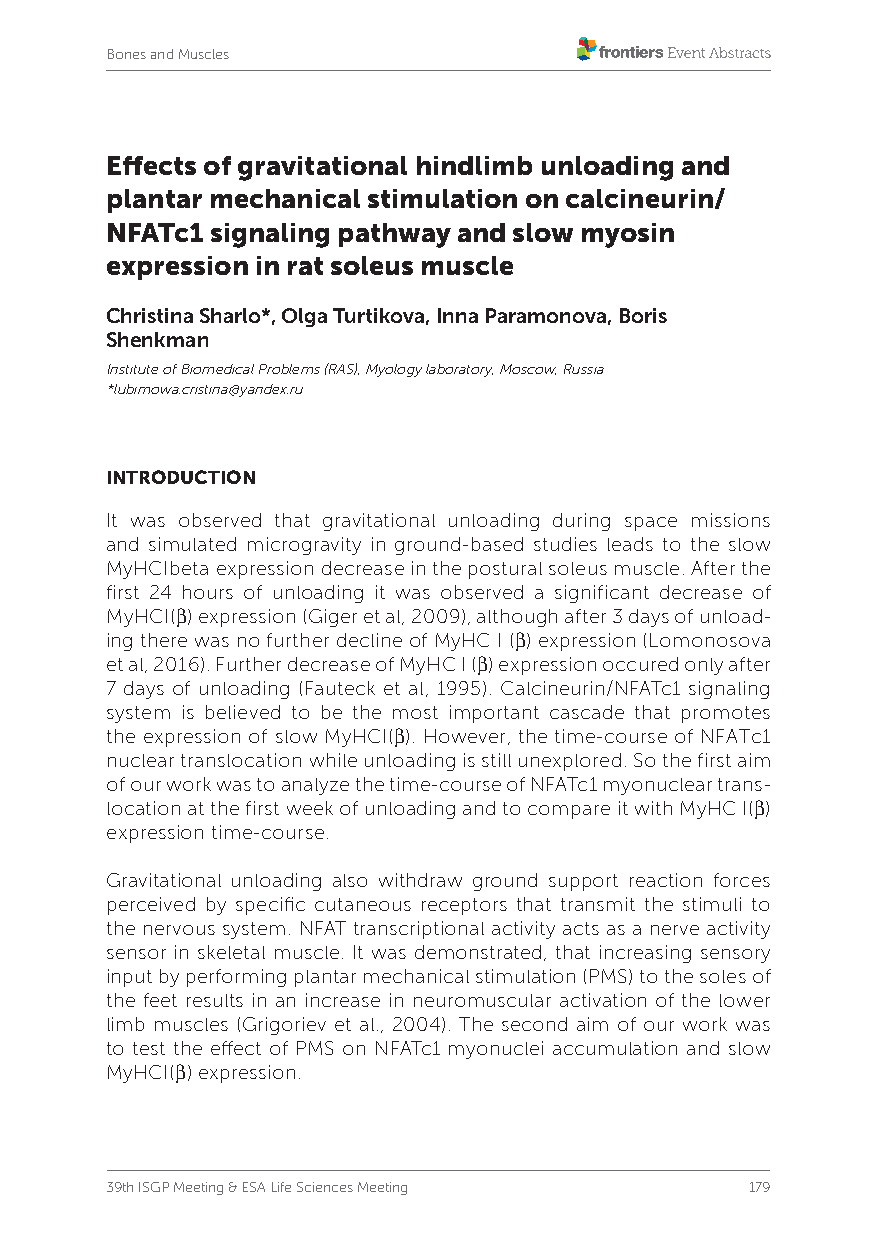
Bones and Muscles
 Effects of gravitational hindlimb unloading and
 plantar mechanical stimulation on calcineurin/
 NFATc1 signaling pathway and slow myosin
 expression in rat soleus muscle
 Christina Sharlo*, Olga Turtikova, Inna Paramonova, Boris
 Shenkman
 Institute of Biomedical Problems (RAS), Myology laboratory, Moscow, Russia
 *lubimowa.cristina@yandex.ru
 INTRODUCTION
 It was observed that gravitational unloading during space missions
 and simulated microgravity in ground-based studies leads to the slow
 MyHCIbeta expression decrease in the postural soleus muscle. After the
 first 24 hours of unloading it was observed a significant decrease of
 MyHCI(β) expression (Giger et al, 2009), although after 3 days of unload-
 ing there was no further decline of MyHC I (β) expression (Lomonosova
 et al, 2016). Further decrease of MyHC I (β) expression occured only after
 7 days of unloading (Fauteck et al, 1995). Calcineurin/NFATc1 signaling
 system is believed to be the most important cascade that promotes
 the expression of slow MyHCI(β). However, the time-course of NFATc1
 nuclear translocation while unloading is still unexplored. So the first aim
 of our work was to analyze the time-course of NFATc1 myonuclear trans-
 location at the first week of unloading and to compare it with MyHC I(β)
 expression time-course.
 Gravitational unloading also withdraw ground support reaction forces
 perceived by specific cutaneous receptors that transmit the stimuli to
 the nervous system. NFAT transcriptional activity acts as a nerve activity
 sensor in skeletal muscle. It was demonstrated, that increasing sensory
 input by performing plantar mechanical stimulation (PMS) to the soles of
 the feet results in an increase in neuromuscular activation of the lower
 limb muscles (Grigoriev et al., 2004). The second aim of our work was
 to test the effect of PMS on NFATc1 myonuclei accumulation and slow
 MyHCI(β) expression.
 39th ISGP Meeting & ESA Life Sciences Meeting 179